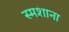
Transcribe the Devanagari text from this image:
स्मशाना